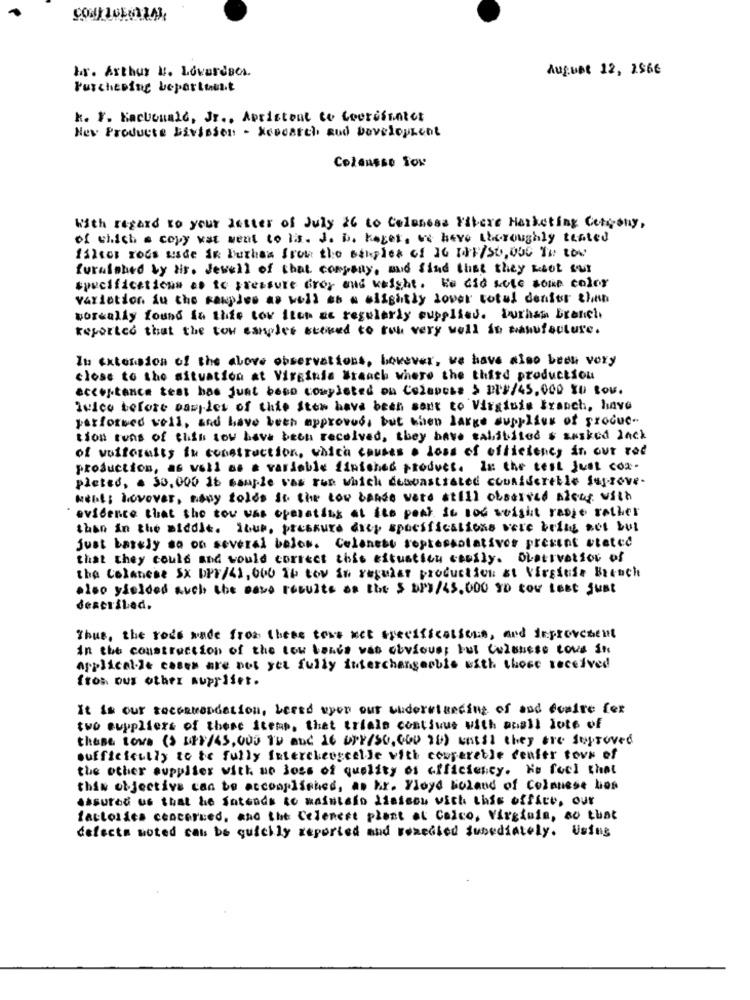
hs. Arthur M. Lovardaes.
August 12, 2566
Furchening bepartuest
k. F. Kacbonald, Jr ., Apristent to Coorisantet
New Products Division - Research and Development
Collasso SON
With regard to your letter of July 26 to Coloness Fibere Marketing Congony,
of which a copy vat went to i.s. J. b. Kager, we have theroughly tested
filter rocs usde in buthas from the samples of 1G 10F/50, 000 TH Low
furaished by his. Jewell of that company, and find that they Root sur
specifications as to pressure drop and weight. He Gid sote sone color
variation du the samples as well as a slightly lover totul denier than
workally found in this tov Itup ac regularly supplies. Ithas branch
Reported that the tow carolee scored to run very well in manufacture.
In extension of the above observations, however, we have also been very
close to the situation at Virginia #reach where the third production
acceptance test has just beso completed on Celapess > DIF/45.000 SU Bou.
Twice before samples of this Stew have been sent to Virginie Branch, have
performed well, and have been approved, but then large supplies of produc-
tion tens of this now have been received, they have sabitited s aasked lack
of voiforaity in construction, which causes a loss of efficiency in our rod
production, as well as a variable finished product. In the test just cox-
pleted, a 30,000 1b sample was run which demonstrated considereble Suprove-
Nell; lovover, many folds in the tow bande were still observed sicas with
evidence that the tou was operating at ito peal Se non weight rable rather
than in the middle. ibus, pressure drop specifications were being aut but
just Lately so on several balos. Celaneto representatives present stated
that they could and would correct this situation cecily. Observation of
the Colanese Sx DPF/41, 000 16 tov in regular production &t Virginie Biench
also yielded auch the cave results as the $ BP1/45,000 SD con Lest just
described.
Thus, the rods wade from these towe net specifications, and improvement
in the construction of the tow bands was obvious; but Celanese tous in
applical-le cases are not yet fully interchangeable with those received
fros. ous other suppliet.
It is our recommendation, Lefed upon our understanding of and desire fox
two suppliers of these Stemp, that trials continue with anall lote of
these towa (> IF/45,005 Tu and 16 UPF/SO,GOD ID) until they are Suproved
sufficicully to be fully intercheogcelle with comparable center town of
the other supplier with no loss of quality of efficiency. Me feel that
this objective can to accomplished, as hr. Floyd boland of Colnusse hos
assured us that he intends to maintain liaison with this office, our
factories concerned, and the Celenest plant at Calco, Virginia, ao that
defects noted can be quickly reported and remedied iusediately. Using